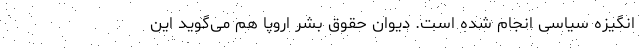
انگیزه‌ سیاسی انجام شده است. دیوان حقوق بشر اروپا هم می‌گوید این